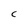
Character: c